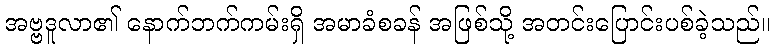
အဗ္ဗဒူလာ၏ နောက်ဘက်ကမ်းရှိ အမာခံစခန် အဖြစ်သို့ အတင်းပြောင်းပစ်ခဲ့သည်။